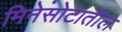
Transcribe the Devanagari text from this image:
मिनेसोटातील